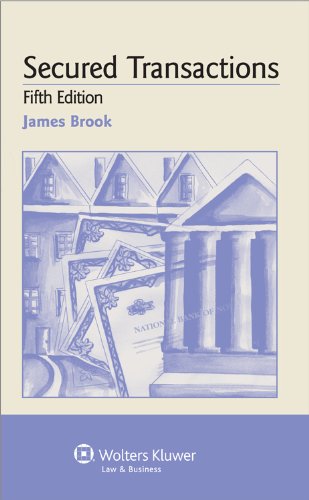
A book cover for Examples & Explanations: Secured Transactions, 5th Edition; James Brook; Law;